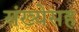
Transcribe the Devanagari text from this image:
संख्येसह